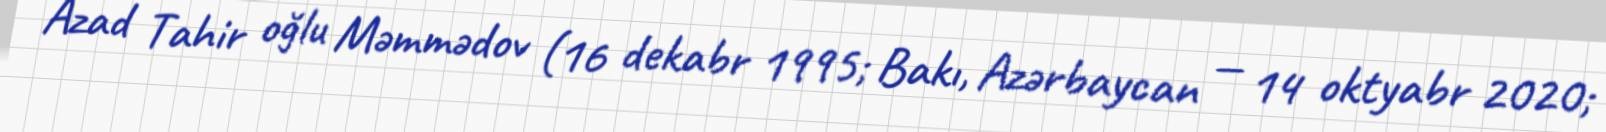
Azad Tahir oğlu Məmmədov (16 dekabr 1995; Bakı, Azərbaycan — 14 oktyabr 2020;